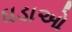
ઘડાઓ